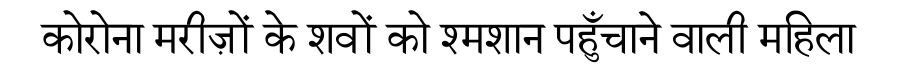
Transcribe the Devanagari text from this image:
कोरोना मरीज़ों के शवों को श्मशान पहुँचाने वाली महिला